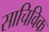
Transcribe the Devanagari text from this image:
साचिविक